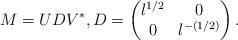
LaTeX: \begin{align*} M=UDV^*, D = \begin{pmatrix} \l^{1/2}&0 \\ 0&\l^{-(1/2)} \end{pmatrix} . \end{align*}